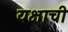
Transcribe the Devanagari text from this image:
यक्षाची